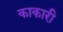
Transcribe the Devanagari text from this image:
काकारी